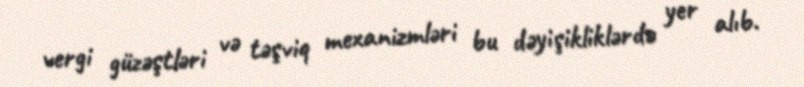
vergi güzəştləri və təşviq mexanizmləri bu dəyişikliklərdə yer alıb.